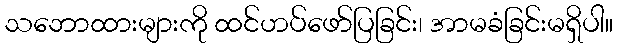
သဘောထားများကို ထင်ဟပ်ဖော်ပြခြင်း၊ အာမခံခြင်းမရှိပါ။